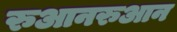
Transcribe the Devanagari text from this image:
रुआनरुआन